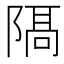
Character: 𨻛